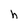
Character: h